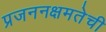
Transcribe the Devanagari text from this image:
प्रजननक्षमतेची